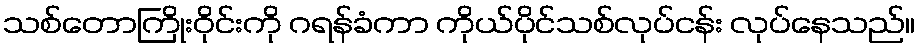
သစ်တောကြိုးဝိုင်းကို ဂရန်ခံကာ ကိုယ်ပိုင်သစ်လုပ်ငန်း လုပ်နေသည်။